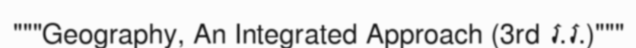
"""Geography, An Integrated Approach (3rd រ.រ.)"""